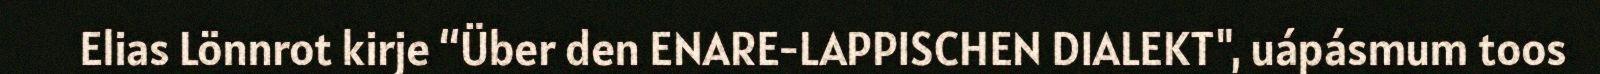
Elias Lönnrot kirje “Über den ENARE-LAPPISCHEN DIALEKT", uápásmum toos